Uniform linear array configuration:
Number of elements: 64
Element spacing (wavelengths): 1
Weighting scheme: blackman
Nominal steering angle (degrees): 45
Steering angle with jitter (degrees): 46.02
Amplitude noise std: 0.05
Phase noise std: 0.05

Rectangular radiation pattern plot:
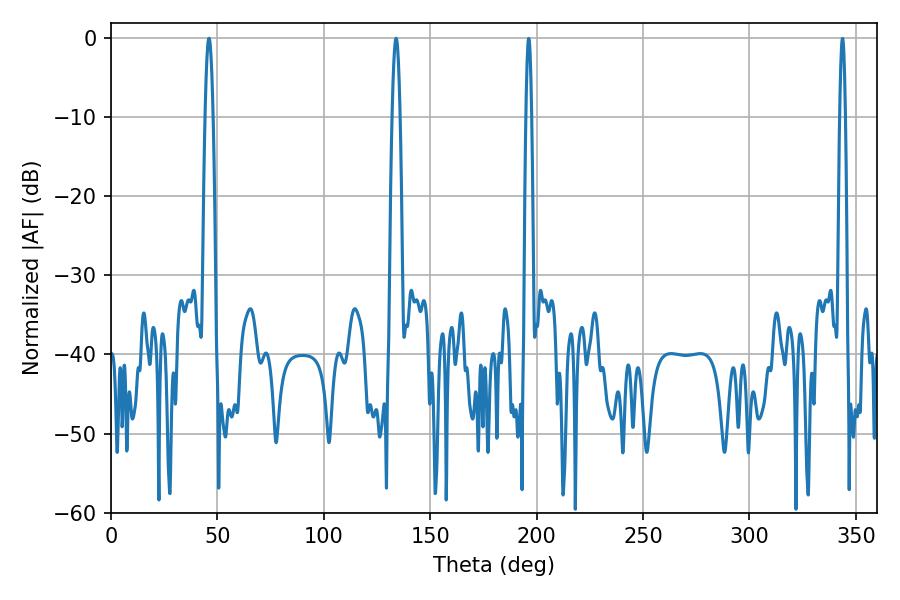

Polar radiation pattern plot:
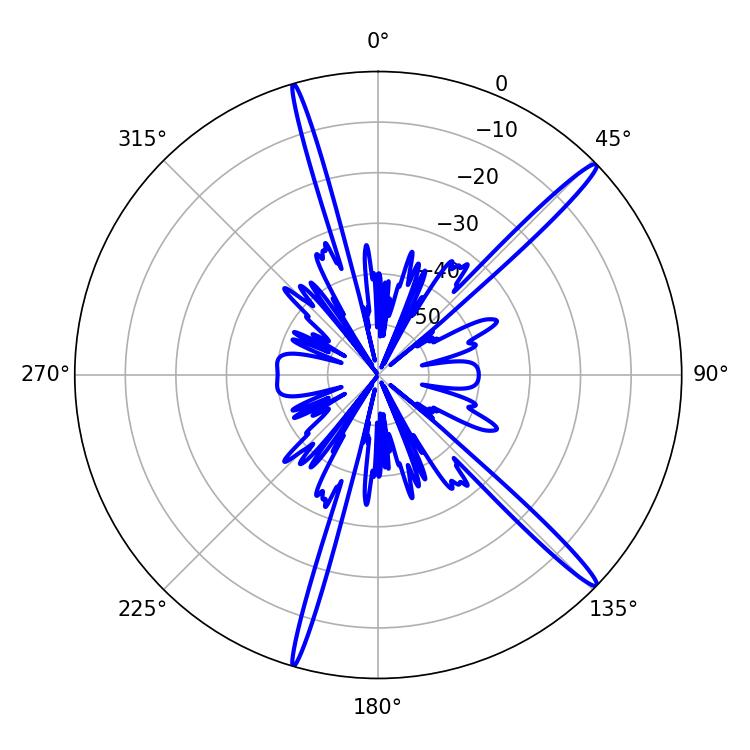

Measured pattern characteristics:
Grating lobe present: TRUE
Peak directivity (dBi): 16.886
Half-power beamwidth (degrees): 1.98
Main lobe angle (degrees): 133.92